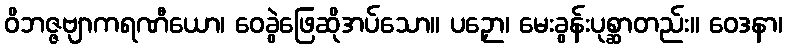
ဝိဘဇ္ဇဗျာကရဏီယော၊ ဝေခွဲဖြေဆိုအပ်သော။ ပဉှော၊ မေးခွန်းပုစ္ဆာတည်း။ ဝေဒနာ၊